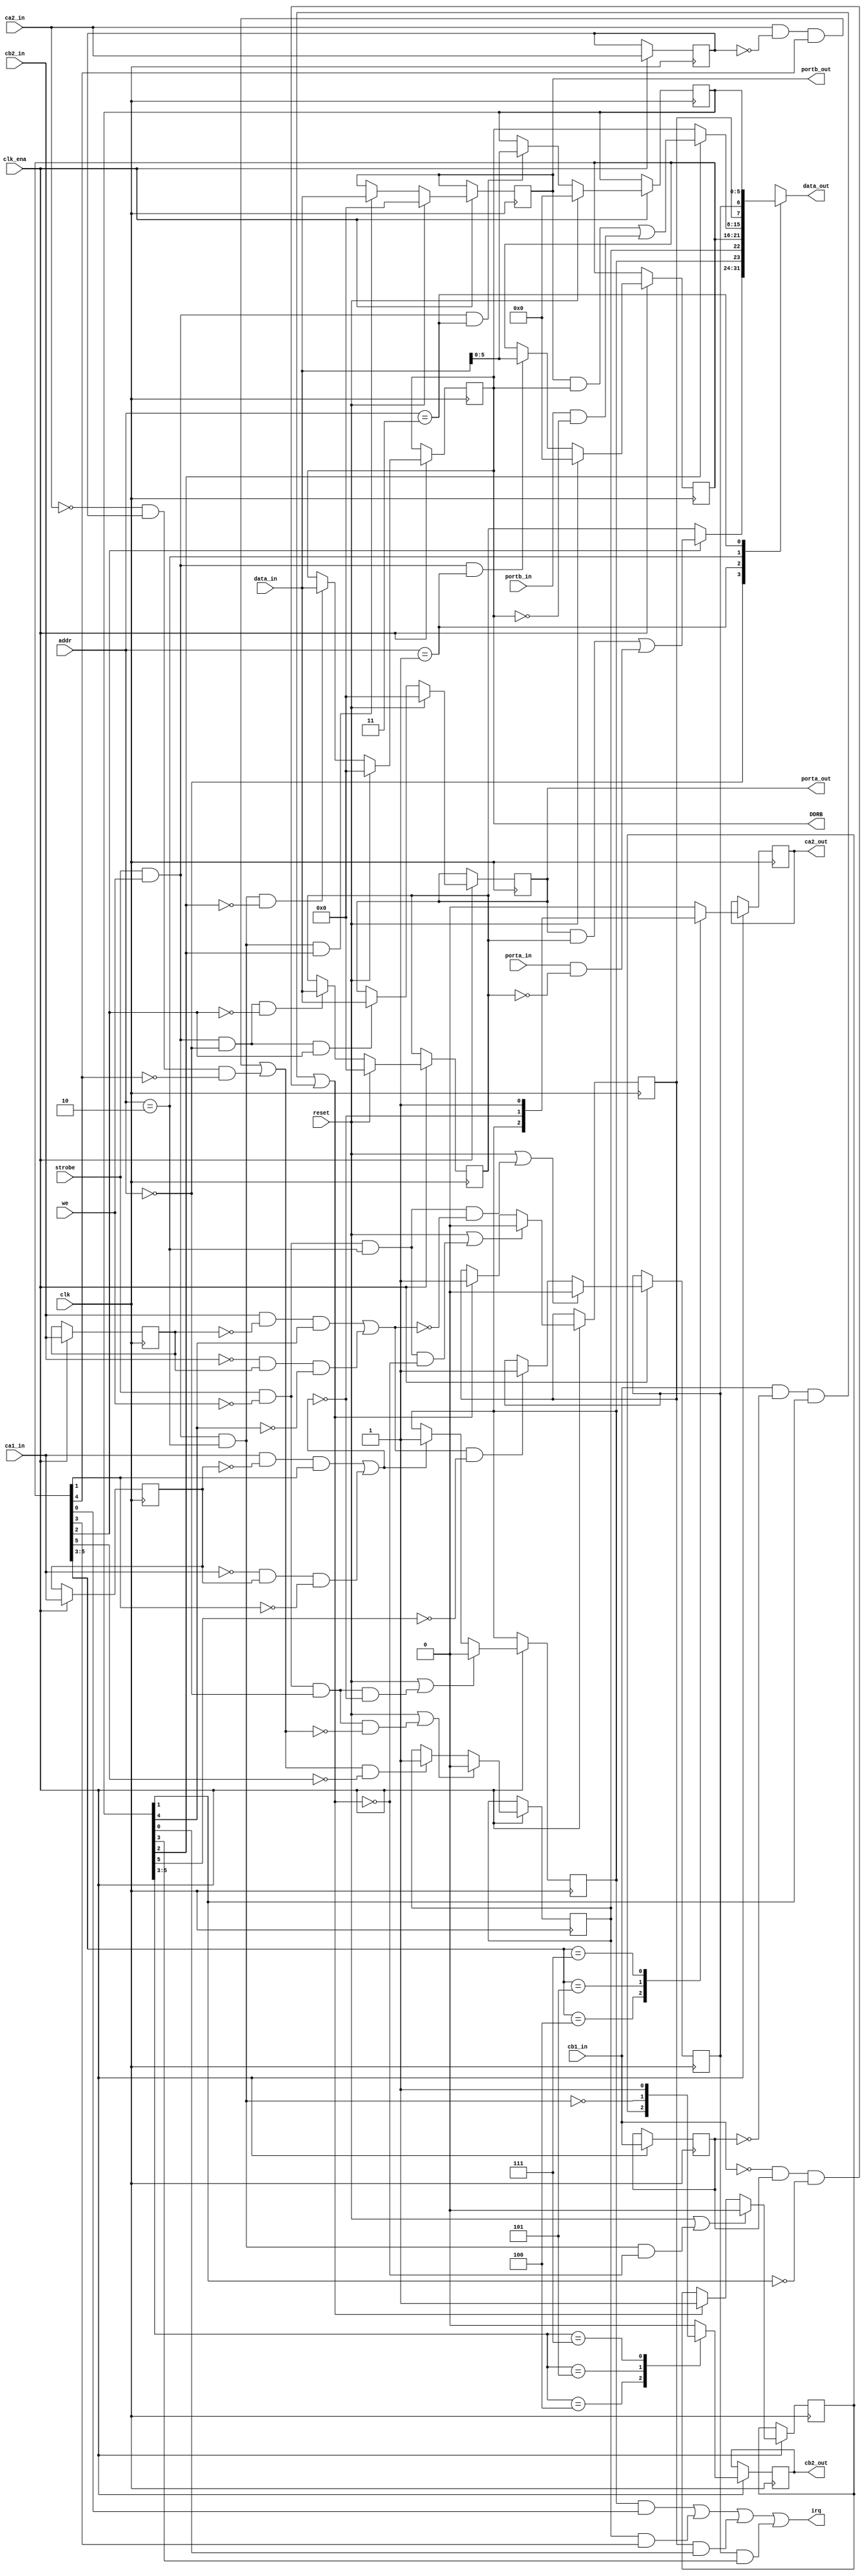
module pia6520
(
	output reg [7:0] data_out,	// cpu interface
	input      [7:0] data_in,
	input      [1:0] addr,
	input            strobe,
	input            we,

	output           irq,
	 
	output reg [7:0] porta_out,
	input      [7:0] porta_in,
	output reg [7:0] portb_out,
	input      [7:0] portb_in,

	output     [7:0] DDRB,
	
	input            ca1_in,
	output reg       ca2_out,
	input            ca2_in,
	input            cb1_in,
	output reg       cb2_out,
	input            cb2_in,

	input            clk,
	input            clk_ena,
	input            reset
);

assign DDRB=ddrb;

reg [7:0] ddra;
reg [5:0] cra;
reg       irqa1;
reg       irqa2;
 
reg [7:0] ddrb;
reg [5:0] crb;
reg       irqb1;
reg       irqb2;

// Register address offsets
parameter [1:0]
	ADDR_PORTA = 2'b00,
	ADDR_CRA   = 2'b01,
	ADDR_PORTB = 2'b10,
	ADDR_CRB   = 2'b11;

wire wr_strobe = strobe && we;
wire rd_strobe = strobe && !we;
wire porta_rd_strobe = rd_strobe && addr == ADDR_PORTA;
wire portb_rd_strobe = rd_strobe && addr == ADDR_PORTB;
wire portb_wr_strobe = wr_strobe && addr == ADDR_PORTB;

// Implement CRA[5:0]
always @(posedge clk) begin
   if (clk_ena) begin
		if (reset) cra <= 6'b00_0000;
		else if (wr_strobe && addr == ADDR_CRA) cra <= data_in[5:0];
	end
end

// Implement CRB[5:0]
always @(posedge clk) begin
   if (clk_ena) begin
		if (reset) crb <= 6'b00_0000;
		else if (wr_strobe && addr == ADDR_CRB) crb <= data_in[5:0];
	end
end

// Implement PORTA (out)
always @(posedge clk) begin
   if (clk_ena) begin
		if (reset) porta_out <= 8'h00;
		else if (wr_strobe && addr == ADDR_PORTA && cra[2]) porta_out <= data_in;
	end
end

// Implement DDRA
always @(posedge clk) begin
   if (clk_ena) begin
		if (reset) ddra <= 8'h00;
		else if (wr_strobe && addr == ADDR_PORTA && !cra[2]) ddra <= data_in;
	end
end

// Implement PORTB (out)
always @(posedge clk) begin
   if (clk_ena) begin
		if (reset) portb_out <= 8'h00;
		else if (wr_strobe && addr == ADDR_PORTB && crb[2]) portb_out <= data_in;
	end
end

// Implement DDRB
always @(posedge clk) begin
   if (clk_ena) begin
		if (reset) ddrb <= 8'h00;
		else if (wr_strobe && addr == ADDR_PORTB && !crb[2]) ddrb <= data_in;
	end
end

////////////////////////////////////////////////////////
// IRQA logic

// register ca1_in and ca2_in to detect transitions.
reg	ca1_in_1;
reg ca2_in_1;
always @(posedge clk) begin
   if (clk_ena) begin
		ca1_in_1 <= ca1_in;
		ca2_in_1 <= ca2_in;
	end
end

// detect "active" transitions
wire ca1_act_trans = ((ca1_in && !ca1_in_1 && cra[1]) || (!ca1_in && ca1_in_1 && !cra[1]));
wire ca2_act_trans = ((ca2_in && !ca2_in_1 && cra[4]) || (!ca2_in && ca2_in_1 && !cra[4]));

// IRQA1
always @(posedge clk) begin
   if (clk_ena) begin
		if (reset || (porta_rd_strobe && !ca1_act_trans)) irqa1 <= 1'b0;
		else if (ca1_act_trans) irqa1 <= 1'b1;
	end
end

// IRQA2
always @(posedge clk) begin
   if (clk_ena) begin
		if (reset || (porta_rd_strobe && !ca2_act_trans)) irqa2 <= 1'b0;
		else if (ca2_act_trans && !cra[5]) irqa2 <= 1'b1;
	end
end

   
////////////////////////////////////////////////////////
// IRQB logic

// register cb1_in and cb2_in to detect transitions.
reg cb1_in_1;
reg cb2_in_1;
always @(posedge clk) begin
   if (clk_ena) begin
		cb1_in_1 <= cb1_in;
		cb2_in_1 <= cb2_in;
	end
end

// detect "active" transitions
wire cb1_act_trans = ((cb1_in && !cb1_in_1 && crb[1]) || (!cb1_in && cb1_in_1 && !crb[1]));
wire cb2_act_trans = ((cb2_in && !cb2_in_1 && crb[4]) || (!cb2_in && cb2_in_1 && !crb[4]));

// IRQB1
always @(posedge clk) begin
   if (clk_ena) begin
		if (reset || (portb_rd_strobe && !cb1_act_trans)) irqb1 <= 1'b0;
		else if (cb1_act_trans) irqb1 <= 1'b1;
	end
end

// IRQB2
always @(posedge clk) begin
   if (clk_ena) begin
		if (reset || (portb_rd_strobe && !cb2_act_trans)) irqb2 <= 1'b0;
		else if (cb2_act_trans && !crb[5]) irqb2 <= 1'b1;
	end
end
 
// IRQ and enable logic.
assign irq = (irqa1 && cra[0]) || (irqa2 && cra[3]) ||
             (irqb1 && crb[0]) || (irqb2 && crb[3]);

///////////////////////////////////////////////////
// CA2 and CB2 output modes
always @(posedge clk) begin
   if (clk_ena) begin
		case (cra[5:3])
			3'b100:  ca2_out <= irqa1;
			3'b101:  ca2_out <= !ca1_act_trans;
			3'b111:  ca2_out <= 1'b1;
			default: ca2_out <= 1'b0;
		endcase
	end
end

reg cb2_out_r;
always @(posedge clk) begin
   if (clk_ena) begin
		if (reset || (portb_wr_strobe && !cb1_act_trans)) cb2_out_r <= 1'b0;
		else if (cb1_act_trans) cb2_out_r <= 1'b1;
	end
end

always @(posedge clk) begin
   if (clk_ena) begin
		case (crb[5:3])
			3'b100:  cb2_out <= cb2_out_r;
			3'b101:  cb2_out <= !portb_wr_strobe;
			3'b111:  cb2_out <= 1'b1;
			default: cb2_out <= 1'b0;
		endcase
	end
end
   
///////////////////////////////////////////////////
// Read data mux
wire [7:0] porta = (porta_out & ddra) | (porta_in & ~ddra);
wire [7:0] portb = (portb_out & ddrb) | (portb_in & ~ddrb);

always @(*) begin
	case (addr)
		ADDR_PORTA: data_out = cra[2] ? porta : ddra;
		ADDR_CRA:   data_out = { irqa1, irqa2, cra };
		ADDR_PORTB: data_out = crb[2] ? portb : ddrb;
		ADDR_CRB:   data_out = { irqb1, irqb2, crb };
	endcase
end

endmodule